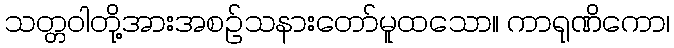
သတ္တဝါတို့အားအစဉ်သနားတော်မူထသော။ ကာရုဏိကော၊